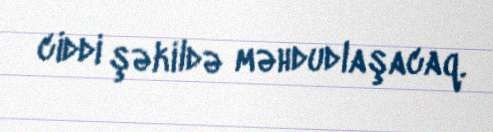
ciddi şəkildə məhdudlaşacaq.